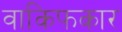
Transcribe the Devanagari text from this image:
वाकिफकार